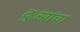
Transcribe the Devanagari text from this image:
दुःखांचा